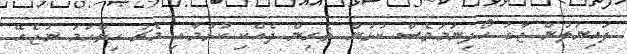
ފައިނަލުން ޖާގަ ހޯދިނަމަވެސް ކުޅުން ތެރިން ދެއްކި ކުޅުމާއި މެޗު ހިތްހަމަ ނުޖެހޭ